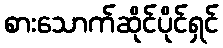
စားသောက်ဆိုင်ပိုင်ရှင်